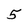
Character: 5